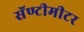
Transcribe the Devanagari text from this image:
सॅण्टीमीटर